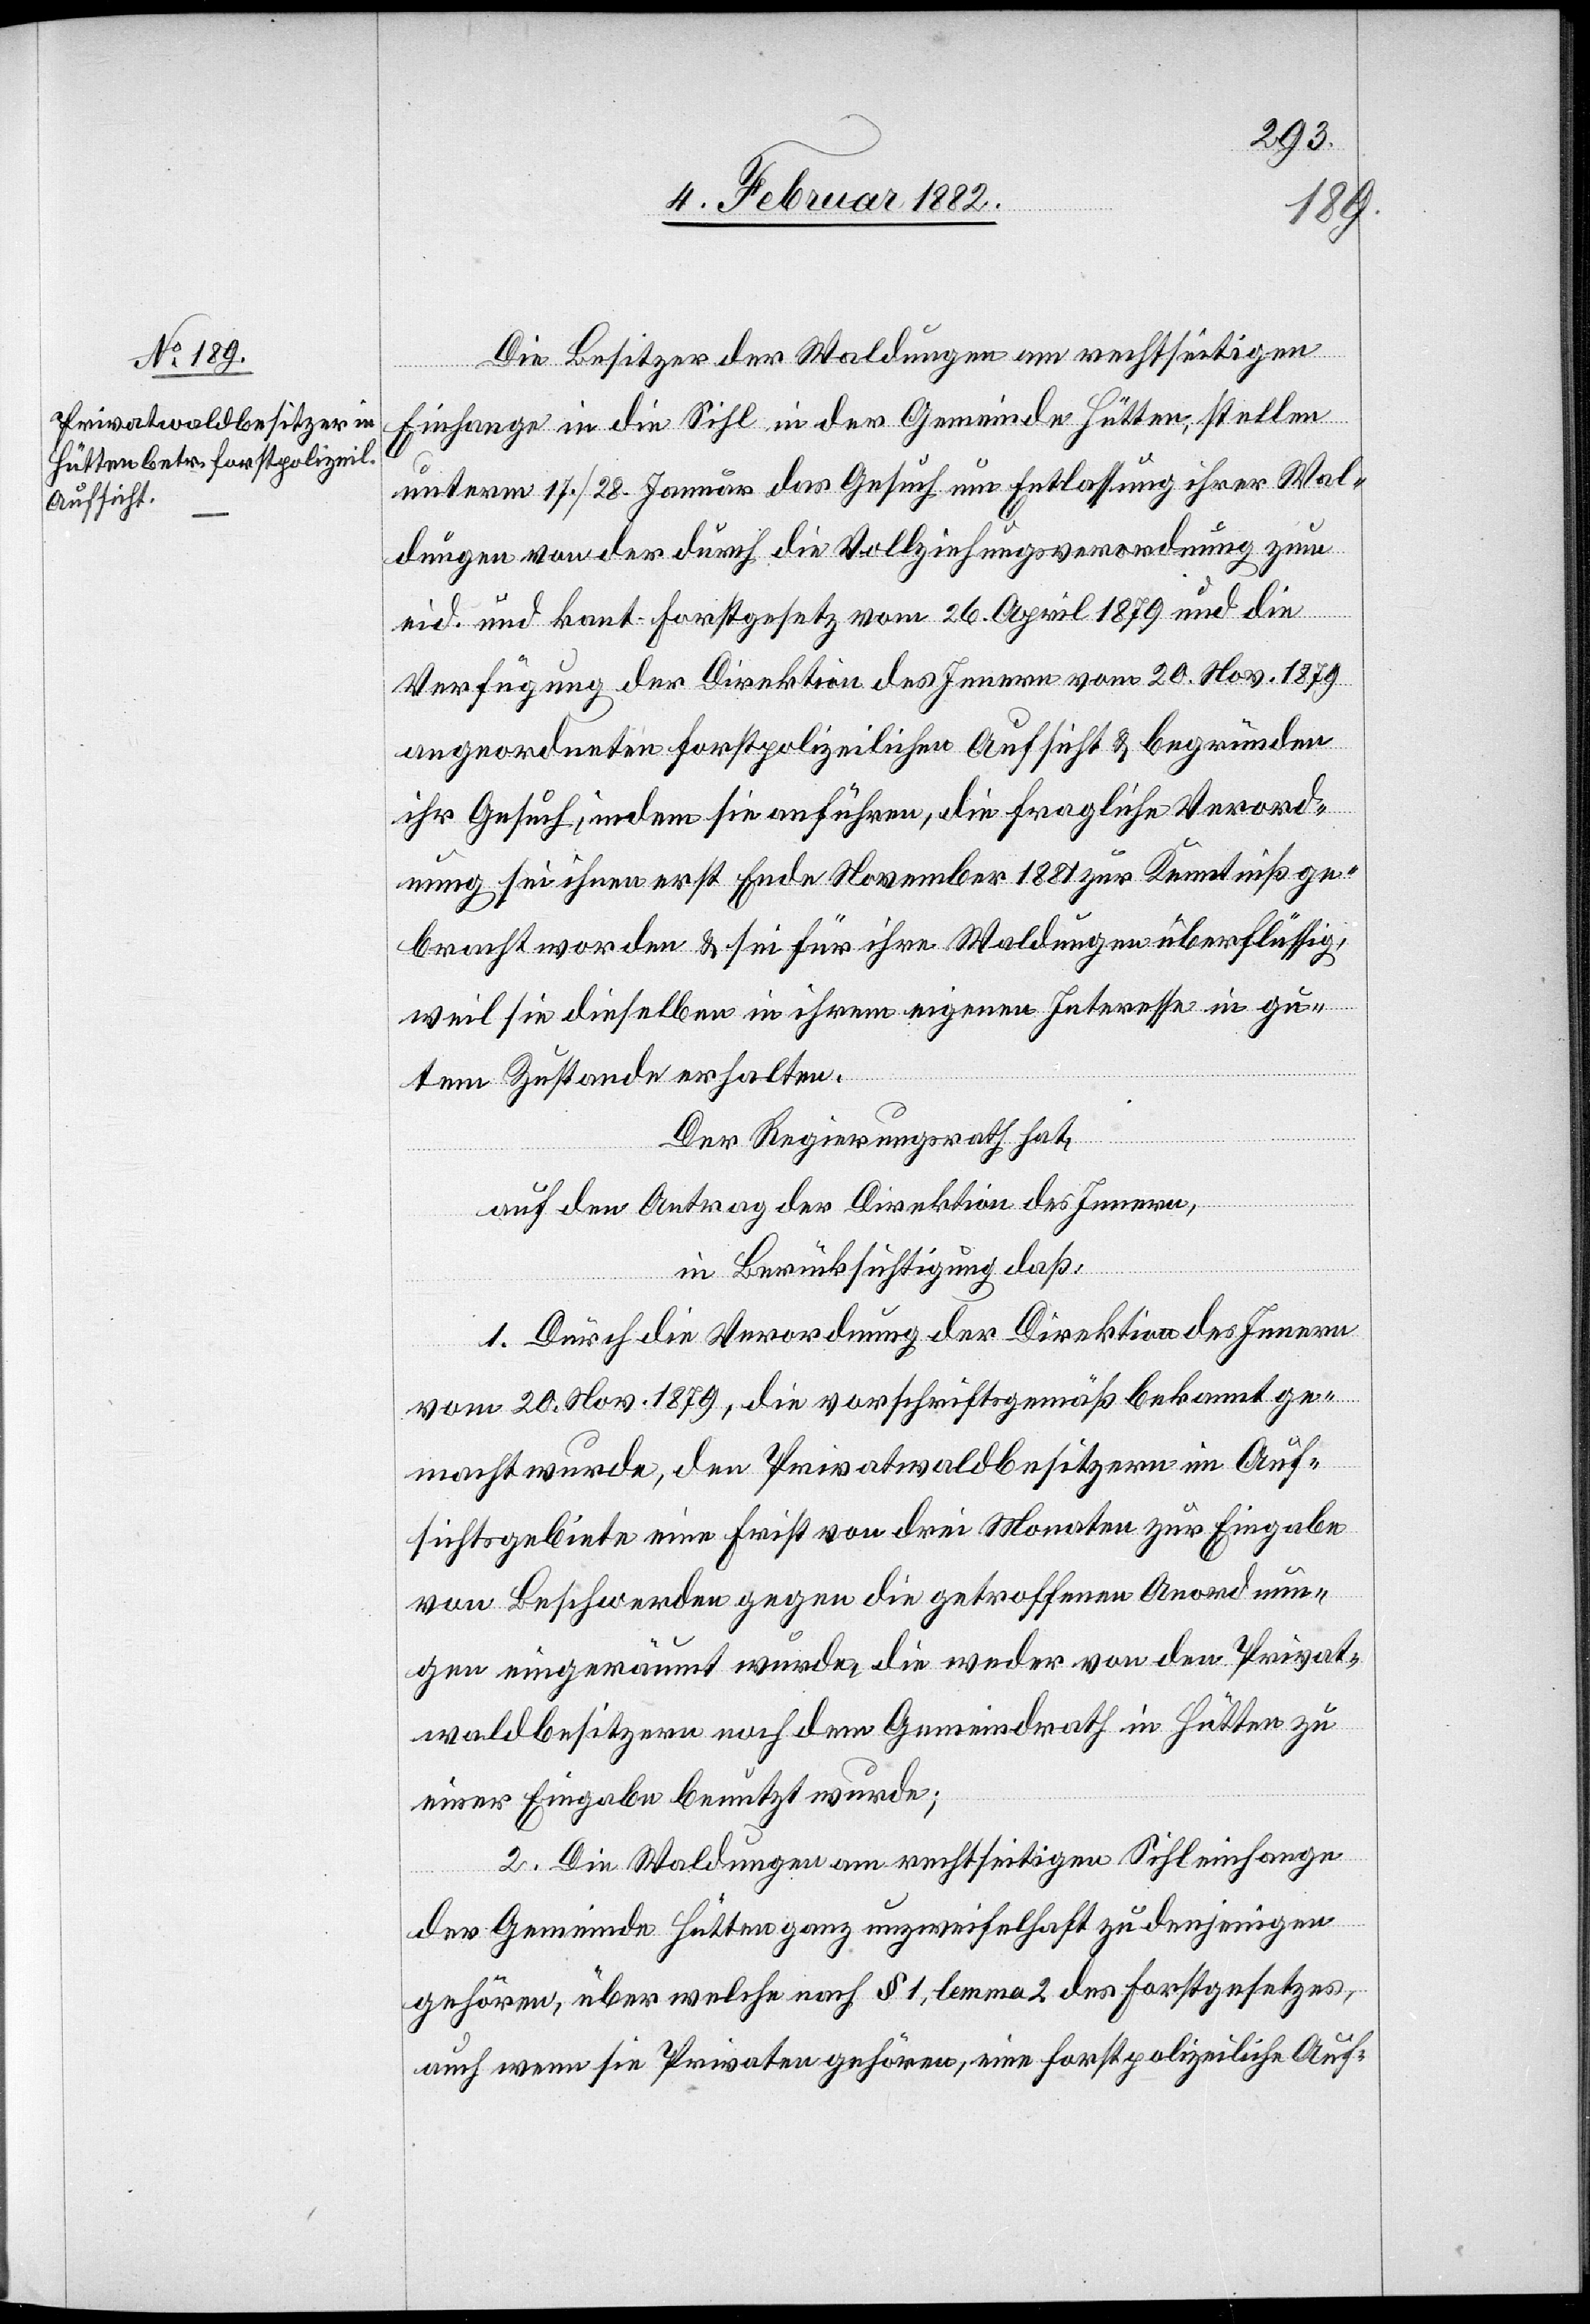
Die Besitzer der Waldungen am rechtseitigen
Einhange in die Sihl in der Gemeinde Hütten, stellen
unterm 17./28. Januar das Gesuch um Entlassung ihrer Wal¬
dungen von der durch die Vollziehungsverordnung zum
eid. und kant. Forstgesetz vom 26. April 1879 und die
Verfügung der Direktion des Innern vom 20. Nov. 1879
angeordneten forstpolizeilichen Aufsicht & begründen
ihr Gesuch, indem sie anführen, die fragliche Verord¬
nung sei ihnen erst Ende November 1881 zur Kenntniß ge¬
bracht worden & sei für ihre Waldungen überflüssig,
weil sie dieselben in ihrem eigenen Interesse in gu¬
tem Zustande erhalten.
Der Regierungsrath hat,
auf den Antrag der Direktion des Innern,
in Berücksichtigung daß,
1. Durch die Verordnung der Direktion des Innern
vom 20. Nov. 1879, die vorschriftsgemäß bekannt ge¬
macht wurde, den Privatwaldbesitzern im Auf¬
sichtsgebiete eine Frist von drei Monaten zur Eingabe
von Beschwerden gegen die getroffenen Anordnun¬
gen eingeräumt wurde, die weder von den Privat¬
waldbesitzern noch dem Gemeindrath in Hütten zu
einer Eingabe benutzt wurde;
2. Die Waldungen am rechtseitigen Sihleinhange
der Gemeinde Hütten ganz unzweifelhaft zu denjenigen
gehöre, über welche nach § 1, lemma 2 des Forstgesetzes,
auch wenn sie Privaten gehören, eine forstpolizeiliche Auf-